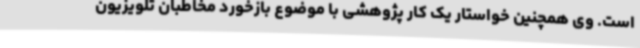
است. وی همچنین خواستار یک کار پژوهشی با موضوع بازخورد مخاطبان تلویزیون